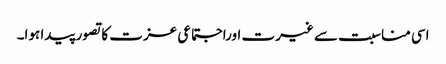
اسی مناسبت سے غیرت اوراجتماعی عزت کا تصور پیدا ہوا۔